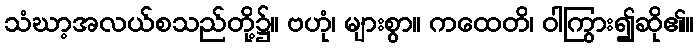
သံဃာ့အလယ်စသည်တို့၌။ ဗဟုံ၊ များစွာ။ ကထေတိ၊ ဝါကြွား၍ဆို၏။